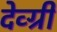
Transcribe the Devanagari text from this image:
देव्ग्री